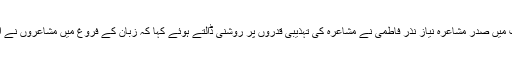
اپنے صدارتی کلمات میں صدر مشاعرہ نیاز نذر فاطمی نے مشاعرہ کی تہذیبی قدروں پر روشنی ڈالتے ہوئے کہا کہ زبان کے فروغ میں مشاعروں نے اہم کردار ادا کیا ہے۔